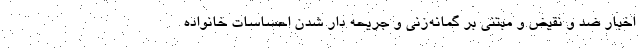
اخبار ضد و نقیض و مبتنی بر گمانه‌زنی و جریحه دار شدن احساسات خانواده